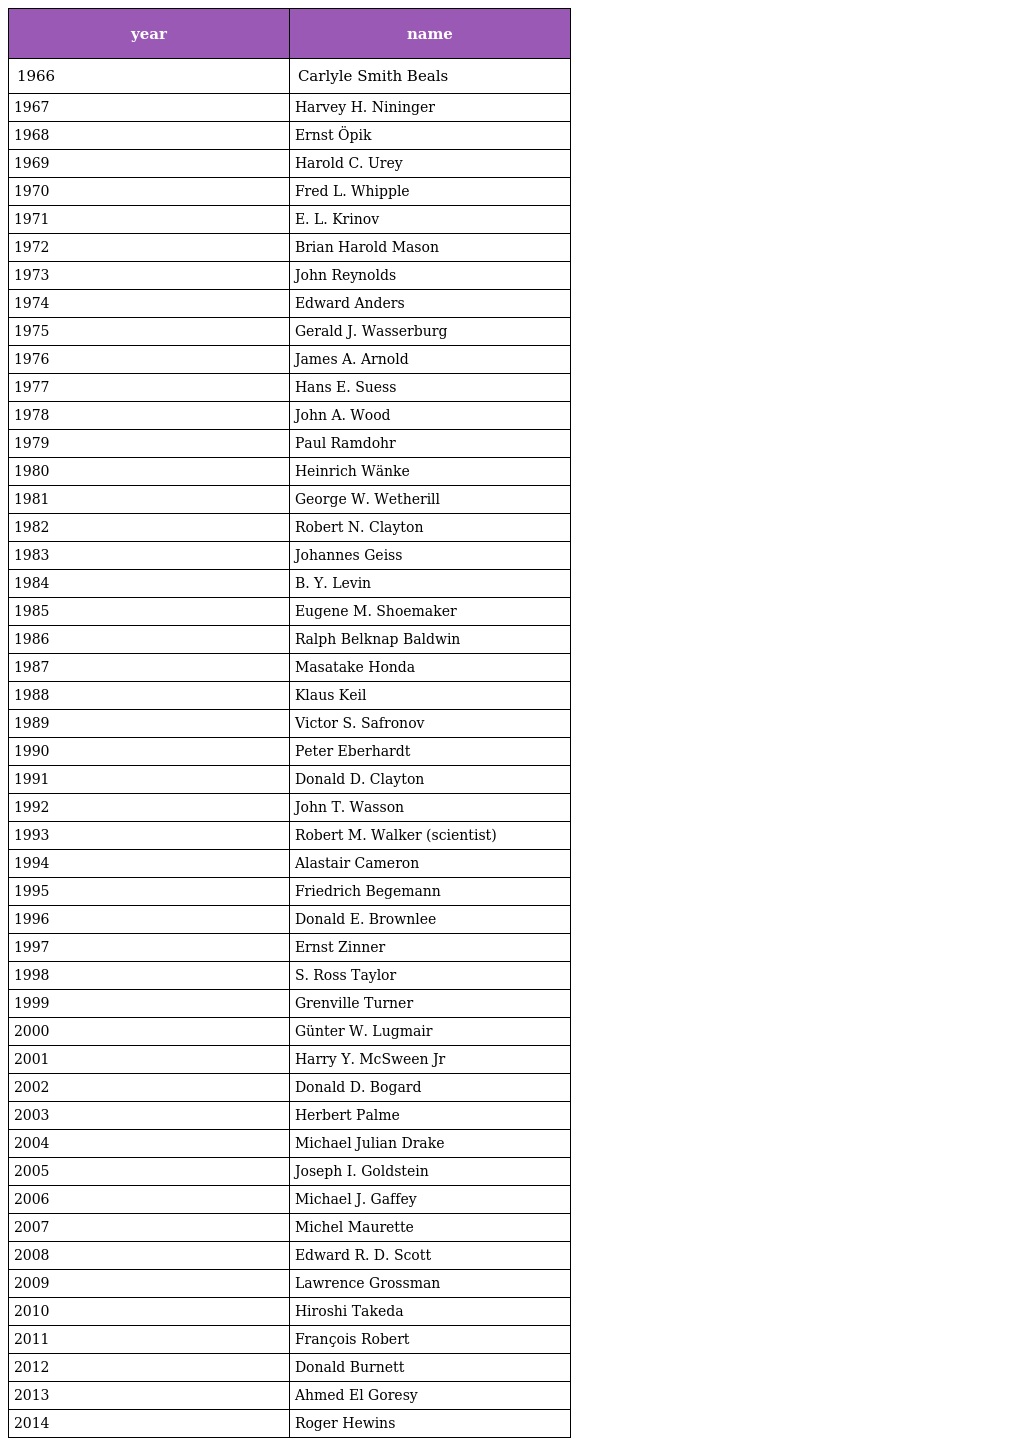
| year | name |
 | --- | --- |
 | 1966 | Carlyle Smith Beals |
 | 1967 | Harvey H. Nininger |
 | 1968 | Ernst Öpik |
 | 1969 | Harold C. Urey |
 | 1970 | Fred L. Whipple |
 | 1971 | E. L. Krinov |
 | 1972 | Brian Harold Mason |
 | 1973 | John Reynolds |
 | 1974 | Edward Anders |
 | 1975 | Gerald J. Wasserburg |
 | 1976 | James A. Arnold |
 | 1977 | Hans E. Suess |
 | 1978 | John A. Wood |
 | 1979 | Paul Ramdohr |
 | 1980 | Heinrich Wänke |
 | 1981 | George W. Wetherill |
 | 1982 | Robert N. Clayton |
 | 1983 | Johannes Geiss |
 | 1984 | B. Y. Levin |
 | 1985 | Eugene M. Shoemaker |
 | 1986 | Ralph Belknap Baldwin |
 | 1987 | Masatake Honda |
 | 1988 | Klaus Keil |
 | 1989 | Victor S. Safronov |
 | 1990 | Peter Eberhardt |
 | 1991 | Donald D. Clayton |
 | 1992 | John T. Wasson |
 | 1993 | Robert M. Walker (scientist) |
 | 1994 | Alastair Cameron |
 | 1995 | Friedrich Begemann |
 | 1996 | Donald E. Brownlee |
 | 1997 | Ernst Zinner |
 | 1998 | S. Ross Taylor |
 | 1999 | Grenville Turner |
 | 2000 | Günter W. Lugmair |
 | 2001 | Harry Y. McSween Jr |
 | 2002 | Donald D. Bogard |
 | 2003 | Herbert Palme |
 | 2004 | Michael Julian Drake |
 | 2005 | Joseph I. Goldstein |
 | 2006 | Michael J. Gaffey |
 | 2007 | Michel Maurette |
 | 2008 | Edward R. D. Scott |
 | 2009 | Lawrence Grossman |
 | 2010 | Hiroshi Takeda |
 | 2011 | François Robert |
 | 2012 | Donald Burnett |
 | 2013 | Ahmed El Goresy |
 | 2014 | Roger Hewins |